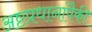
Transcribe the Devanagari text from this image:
अष्टप्रधानांपैकी